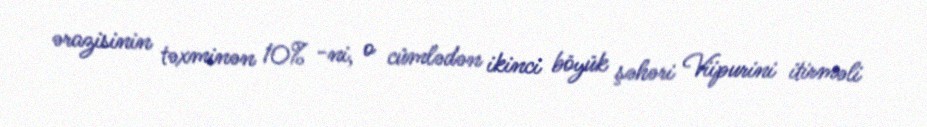
ərazisinin təxminən 10% -ni, o cümlədən ikinci böyük şəhəri Viipurini itirməli